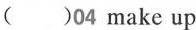
( )04 make up